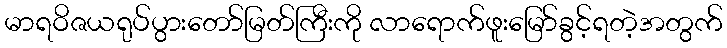
မာရဝိဇယရုပ်ပွားတော်မြတ်ကြီးကို လာရောက်ဖူးမြော်ခွင့်ရတဲ့အတွက်